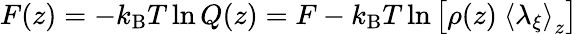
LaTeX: F(z)=-k_{\mathrm{B}}T\ln Q(z)=F-k_{\mathrm{B}}T\ln\left[\rho(z)\ \left<\lambda_{\xi}\right>_{z}\right]